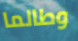
وطالما